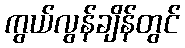
ကွယ်လွန်ချိန်တွင်